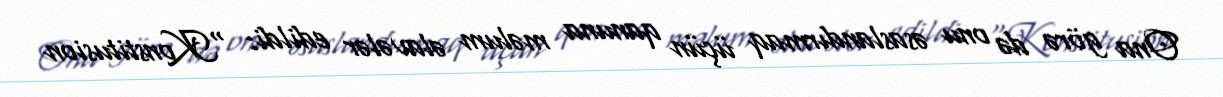
Ona görə də onu əsaslandırmaq üçün qanuna məlum əlavələr edildi: “Konstitusion